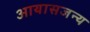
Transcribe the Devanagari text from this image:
आयासजन्य